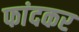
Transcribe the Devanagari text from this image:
फांदकर